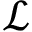
\mathscr { L }